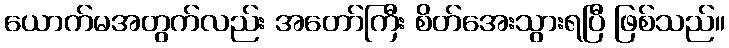
ယောက်မအတွက်လည်း အတော်ကြီး စိတ်အေးသွားရပြီ ဖြစ်သည်။